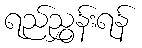
ရည်ညွှန်းရန်